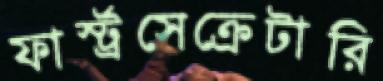
ফার্স্ট্রসেক্রেটারি